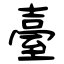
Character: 臺